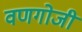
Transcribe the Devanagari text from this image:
वणगोजी